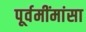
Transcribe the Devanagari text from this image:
पूर्वमींमांसा